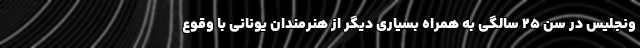
ونجلیس در سن ۲۵ سالگی به همراه بسیاری دیگر از هنرمندان یونانی با وقوع